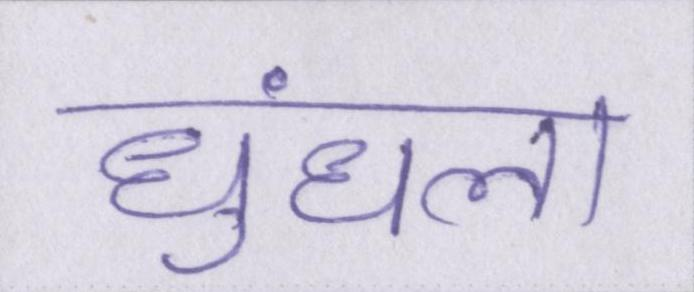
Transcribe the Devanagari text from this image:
धुंधला